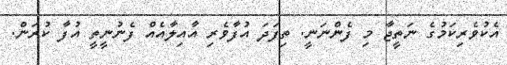
އެކުވެރިކަމުގެ ނަތީޖާ މި ފެންނަނީ. ތިފަދަ އުފާވެރި އާއިލާއެއް ފެނުނީތީ އުފާ ކުރަން.